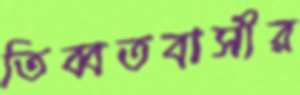
তিব্বতবাসীর